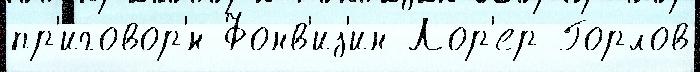
пр'иговор'́н Фонв'из'ин Лор'ер Горлов